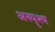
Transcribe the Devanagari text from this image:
अस्पॄश्य